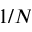
1 / N